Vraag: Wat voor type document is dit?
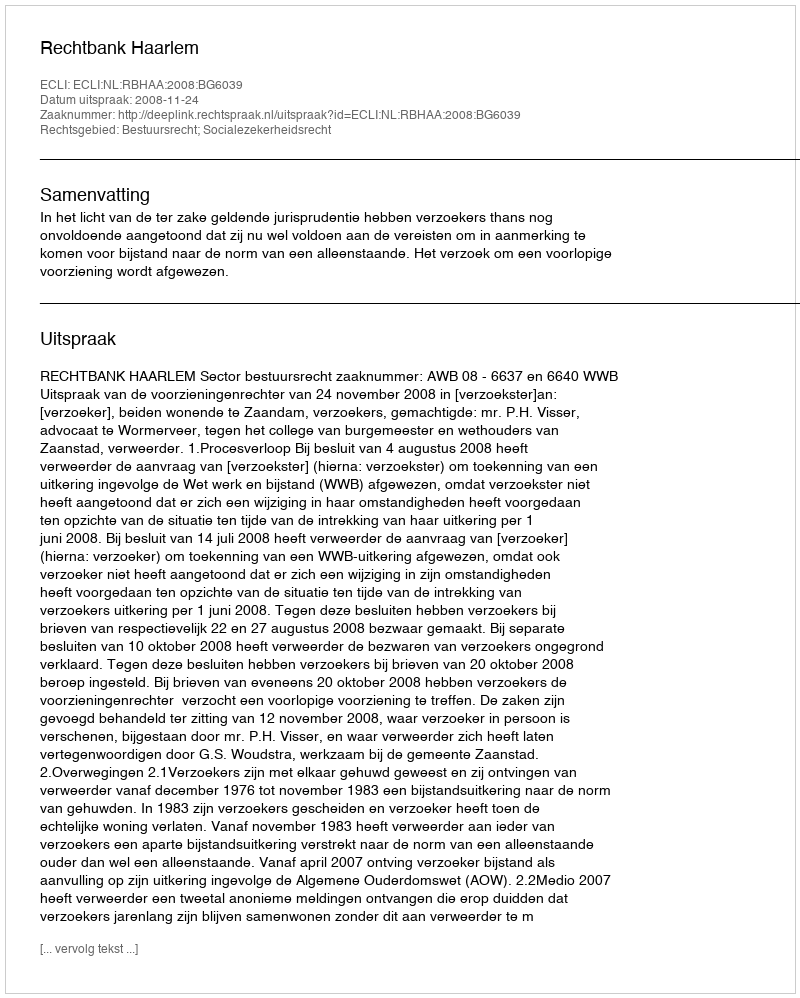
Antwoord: Uitspraak